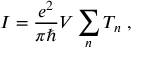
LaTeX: I = { \frac { e ^ { 2 } } { \pi \hbar } } V \sum _ { n } T _ { n } \ ,